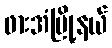
ဖားအံမြို့နယ်